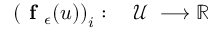
\begin{array} { r l } { \left( \textbf { f } _ { \epsilon } ( u ) \right) _ { i } : \; } & { { } \mathcal { U } \; \longrightarrow \mathbb { R } } \end{array}